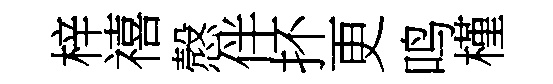
梓禧慤伴抔更鸣槿